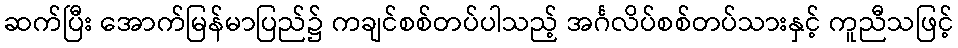
ဆက်ပြီး အောက်မြန်မာပြည်၌ ကချင်စစ်တပ်ပါသည့် အင်္ဂလိပ်စစ်တပ်သားနှင့် ကူညီသဖြင့်